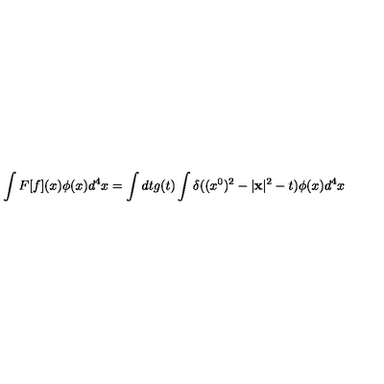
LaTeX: \int F [ f ] ( x ) \phi ( x ) d ^ { 4 } x = \int d t g ( t ) \int \delta ( ( x ^ { 0 } ) ^ { 2 } - | { \bf x } | ^ { 2 } - t ) \phi ( x ) d ^ { 4 } x